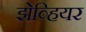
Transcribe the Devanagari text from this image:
झेव्हियर